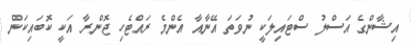
އިޝާންގެ އަސްލު ސްޓައިލަކީ ނުވަތަ އޭނާއާ އެންމެ ރައްޓެހި ޖޮންރާ އަކީ ކޮބައިކަން